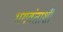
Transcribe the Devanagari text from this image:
भगवंताशी